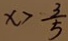
x > \frac { 3 } { 5 }